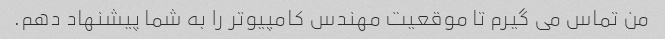
من تماس می گیرم تا موقعیت مهندس کامپیوتر را به شما پیشنهاد دهم.